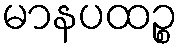
မာနပထဉ္စ